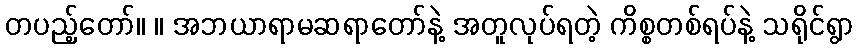
တပည့်တော်။ ။ အဘယာရာမဆရာတော်နဲ့ အတူလုပ်ရတဲ့ ကိစ္စတစ်ရပ်နဲ့ သရိုင်ရွာ